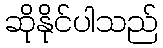
ဆိုနိုင်ပါသည်